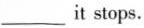
___it stops.